Document type: Sale
Year: 1461
Scribe: [Unknown]
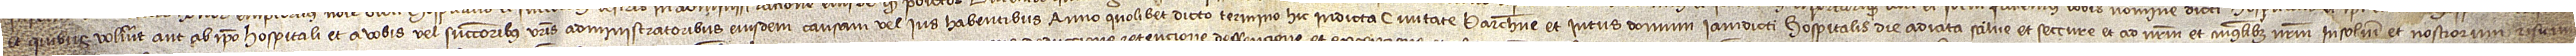
et quibus voluerit aut ab ipso hospitali et a vobis vel successoribus vestris administratoribus eiudem causam vel ius habentibus anno quolibet dicto termino hic in dicta civitate Barchinone et intus domum iamdicti hospitalis die adiata, salve et seccure, et ad nostrum et cuiuslibet nostrum insolidum et nostrorum riscum,